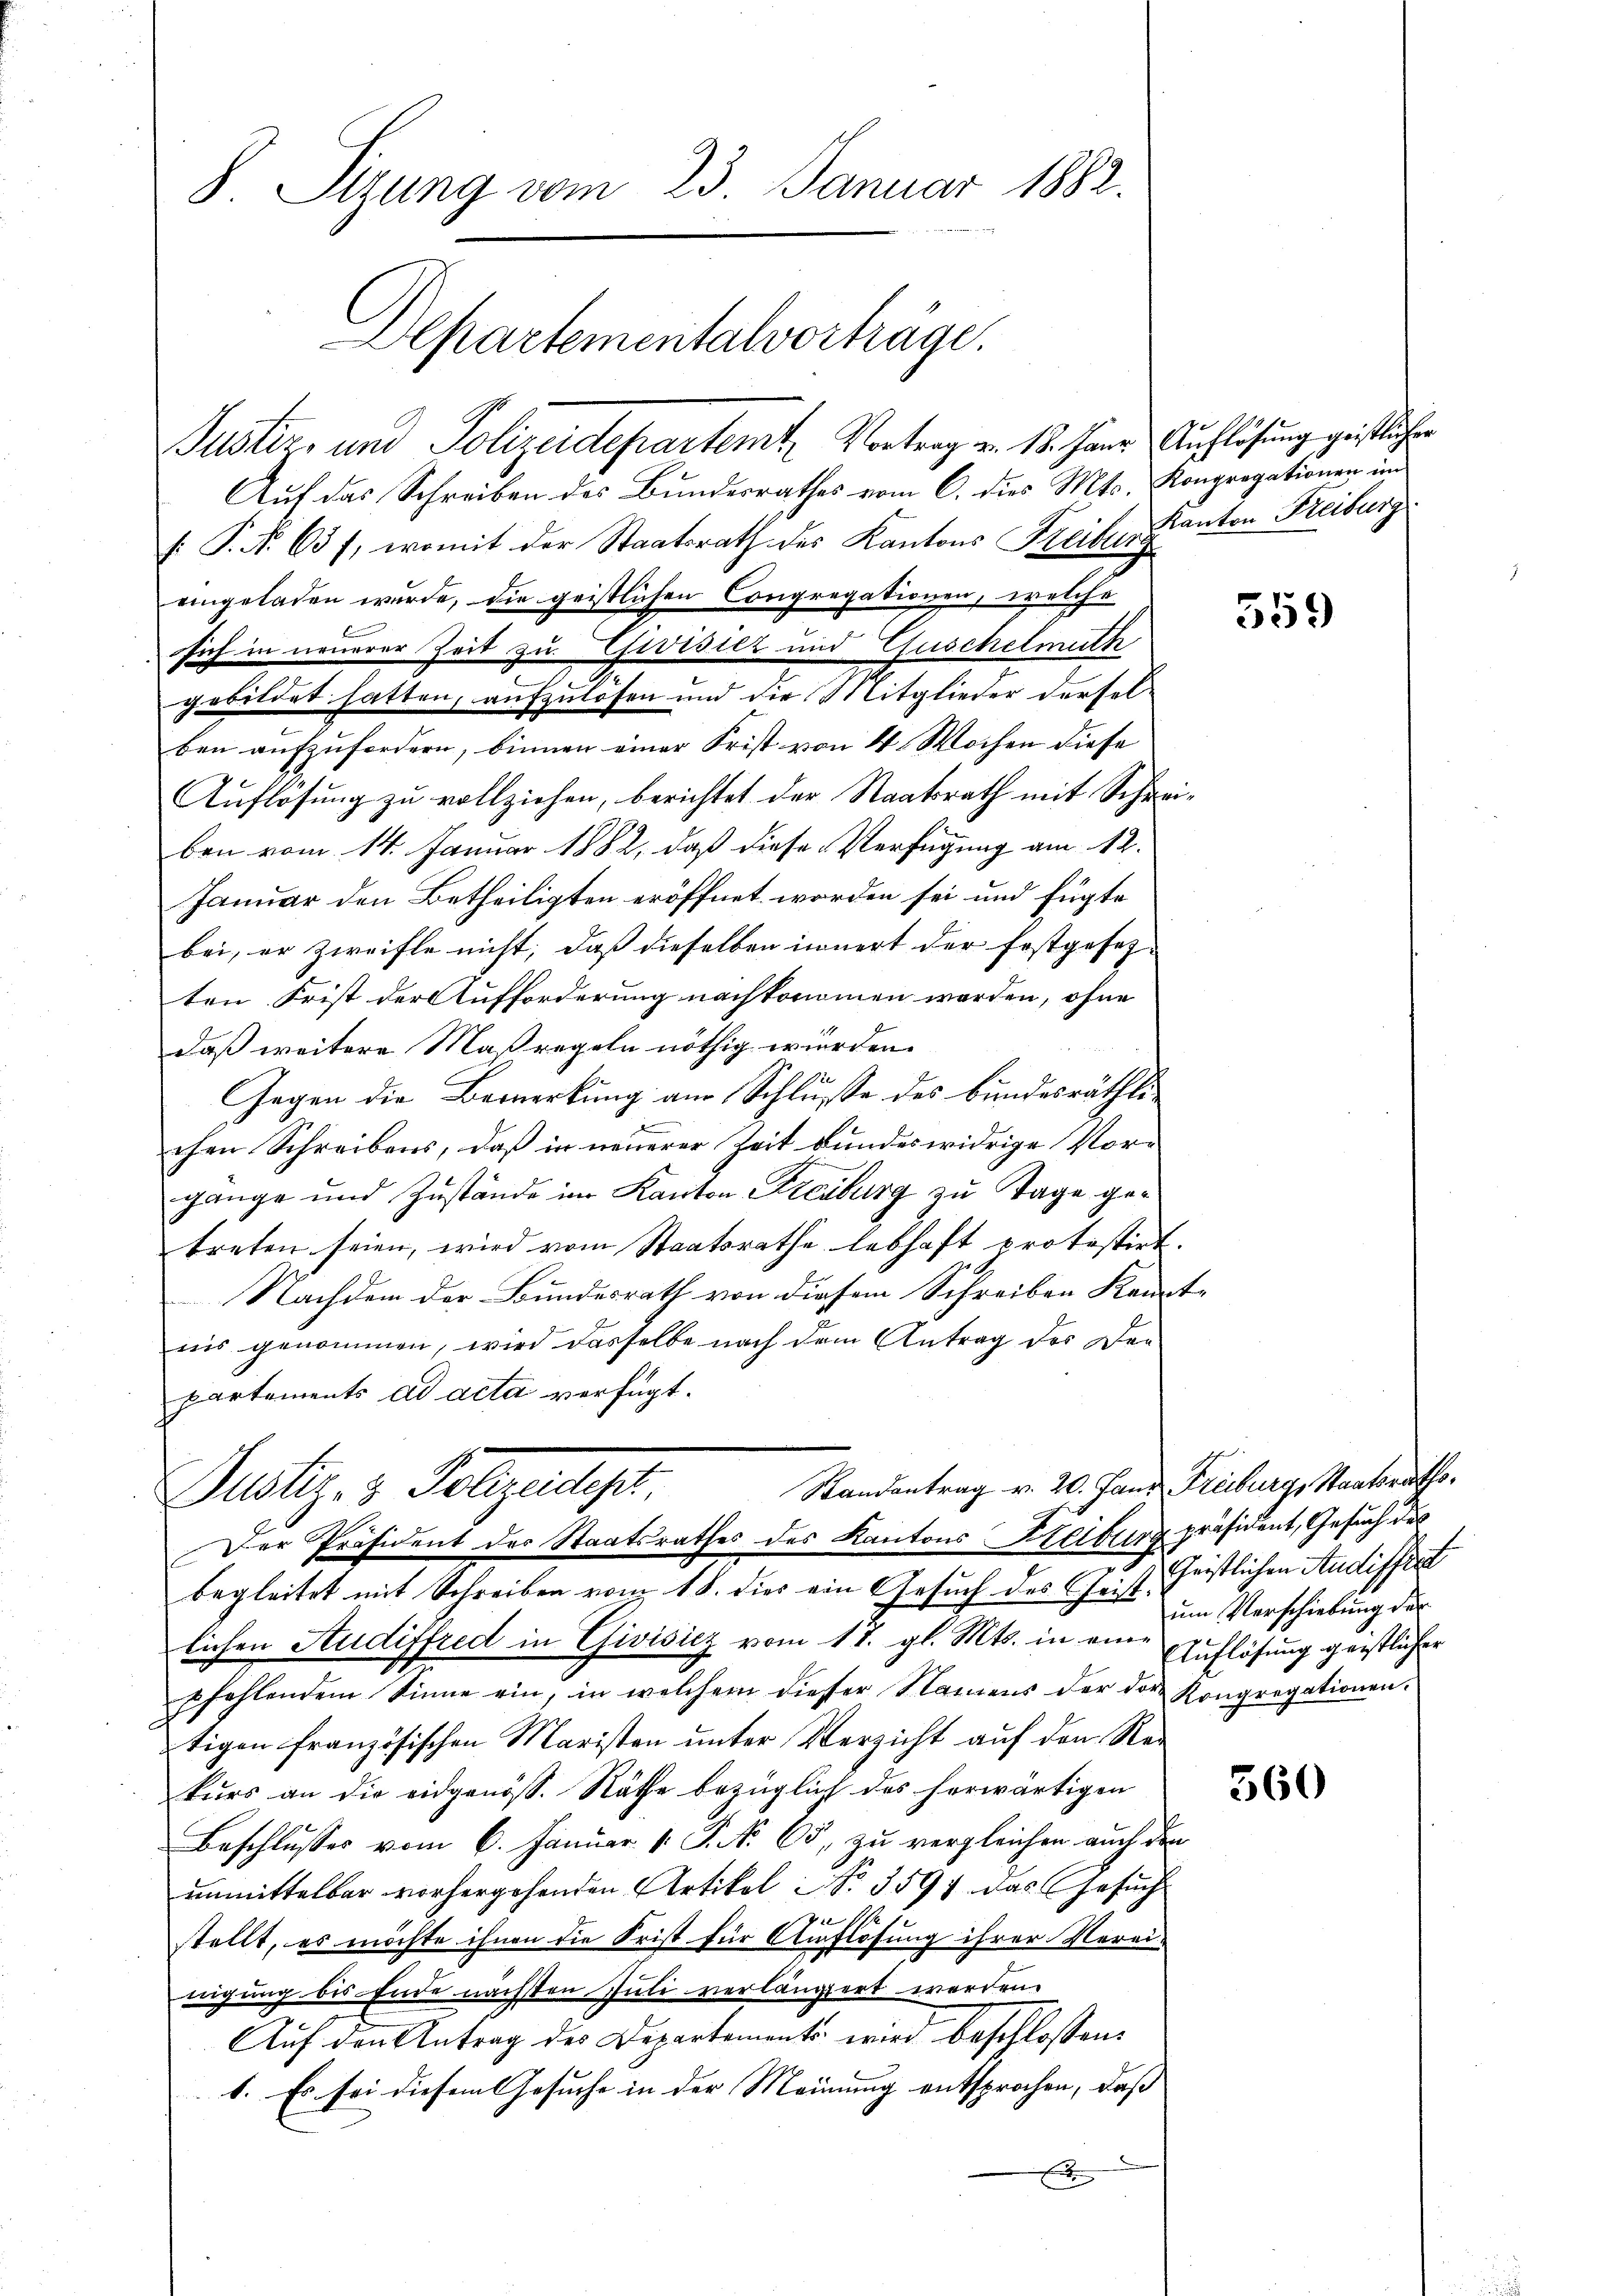
Justiz- und Polizeidepartemt. Vortrag v. 18. Jann Auflösung geistliche
Auf das Schreiben des Bundesrathes vom 6. dies Mts. Kongrogationen im
 P. Nr. 631, womit der Staatsrath des Kantons Freiburg
eingeladen wurde, die geistlichen Congregationen, welche
sich in neuerer Zeit zu Chivister und Guschelmuth
gebildet hatten, aufzulosen und die Mitglieder derselben aufzufordern, binnen einer Frist von 4 Wochen diese
Auflösung zu vollziehen, berichtet der Staatsrath mit Schreiben vom 14. Januar 1882, daß diese Verfügung am 12.
Januar den Betheiligten eröffnet worden sei und fügte
bei, er zweifle nicht, daß dieselben innert der festgesetz-
ten Frist der Aufforderung nachkommen werden, ohne
daß weitere Maßregeln nöthig wurden.
Gegen die Bemerkung am Schlusse des bundesräthlichen Schreibens, daß in neuerer Zeit bundes widrige Vorgange und Zustände im Kanton Freiburg zu Tage getreten seien, wird vom Staatsrathe lebhaft protestirt.
Nachdem der Bundesrath von diesem Schreiben Kennt-
ris genommen, wird dasselbe nach dem Antrag des Der
partements ad acta verfügt:
Randantrag v. 20. Janz Freiburg, Staatsraths¬
Justiz- & Polzeitigt
Der Präsident des Staatsrathes des Kantons Heiburg präsident, Gesuch des
begleitet mit Schreiben vom 18. dies von Gesuch des Christ heistlichen Audiffert
lichen Audiffred in Givisiez vom 11. gl. Mts. in eine Auflösung geistlicher
pfehlendem Sinne ein, in welchem dieser Namens der der Kongregationen.
tigen französischen Maristen unter Verzicht auf den Rekŭrs an die eidgenöss. Räthe bezüglich des herwärtigen
Beschlusses vom 6. Januar v. J. N. 65, zu vergleichen auch den
unmittelbar vorhergehenden Artikel No 3597 das Gesuch
stellt, es möchte ihnen die Frist für Auflösung ihrer Verei-
nigung bis Ende nächsten Juli verlängert worden.
Auf den Antrag des Departemente wird beschlossen:
1. Es sei diesem Gesuche in der Meinung entsprochen, daß
x

8 Sizung vom 23. Januar 1882.

Departementalverträge.

Kanton Freiburg

559

um Verschiebung der